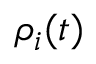
\rho _ { i } ( t )